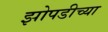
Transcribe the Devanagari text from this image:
झोपडीच्या